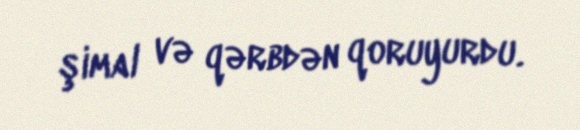
şimal və qərbdən qoruyurdu.